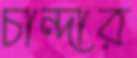
চান্দার